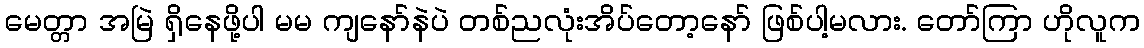
မေတ္တာ အမြဲ ရှိနေဖို့ပါ မမ ကျနော်နဲပဲ တစ်ညလုံးအိပ်တော့နော် ဖြစ်ပါ့မလား. တော်ကြာ ဟိုလူက